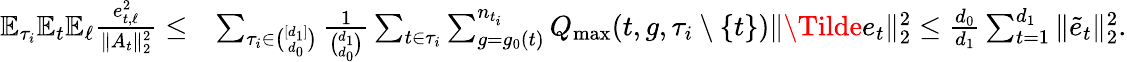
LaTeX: \begin{array}{rl}{\mathbb{E}_{\tau_{i}}\mathbb{E}_{t}\mathbb{E}_{\ell}\frac{e_{t,\ell}^{2}}{\| A_{t}\| _{2}^{2}}\leq}&{\sum_{\tau_{i}\in\binom{[d_{1}]}{d_{0}}}\frac{1}{\binom{d_{1}}{d_{0}}}\sum_{{t}\in\tau_{i}}\sum_{g=g_{0}({t})}^{n_{t_{i}}}Q_{\operatorname*{max}}(t,g,\tau_{i}\setminus\{ t\} )\| \Tilde{e}_{t}\| _{2}^{2}\leq\frac{d_{0}}{d_{1}}\sum_{t=1}^{d_{1}}\| \tilde{e}_{t}\| _{2}^{2}.}\end{array}